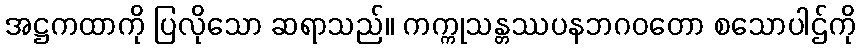
အဋ္ဌကထာကို ပြလိုသော ဆရာသည်။ ကက္ကုသန္တဿပနဘဂဝတော စသောပါဌ်ကို